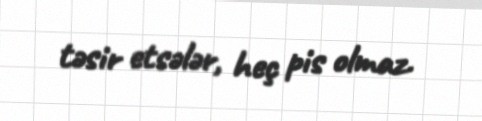
təsir etsələr, heç pis olmaz.